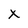
Character: X